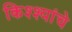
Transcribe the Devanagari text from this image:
किश्श्यांचे